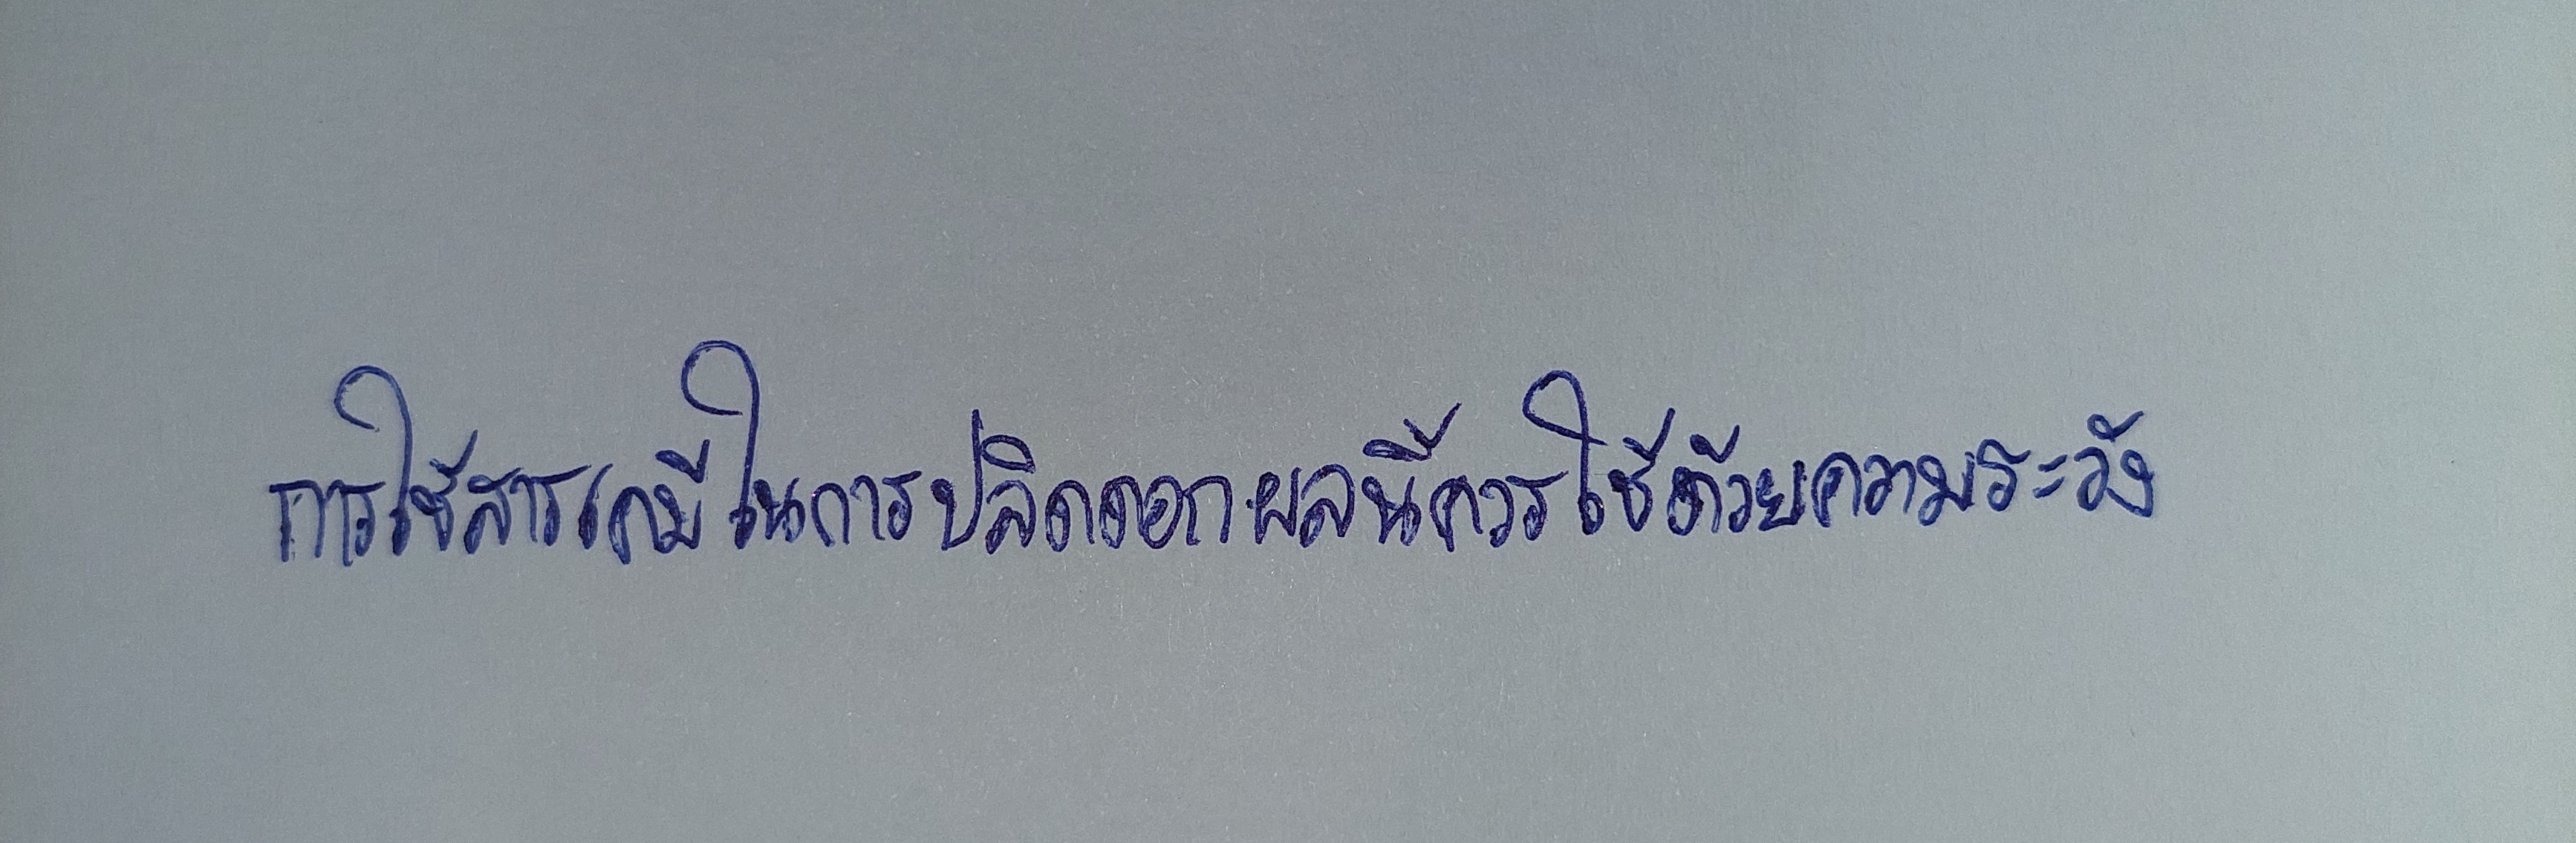
การใช้สารเคมีในการปลิดดอกผลนี้ควรใช้ด้วยความระวัง